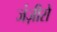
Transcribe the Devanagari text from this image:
जंज़ीरो